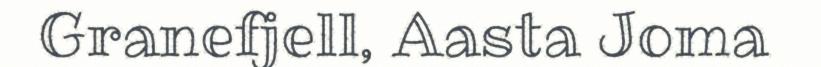
Granefjell, Aasta Joma